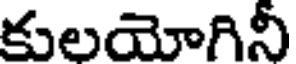
కులయోగినీ